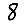
Digit: 8